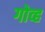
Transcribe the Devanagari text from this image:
गोव्ह